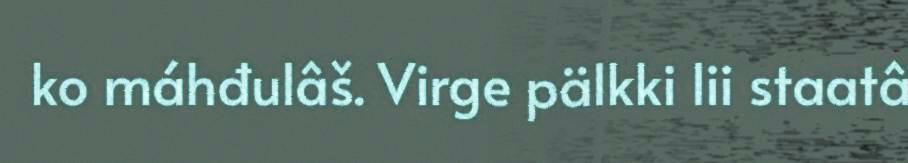
ko máhđulâš. Virge pälkki lii staatâ